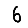
Digit: 6